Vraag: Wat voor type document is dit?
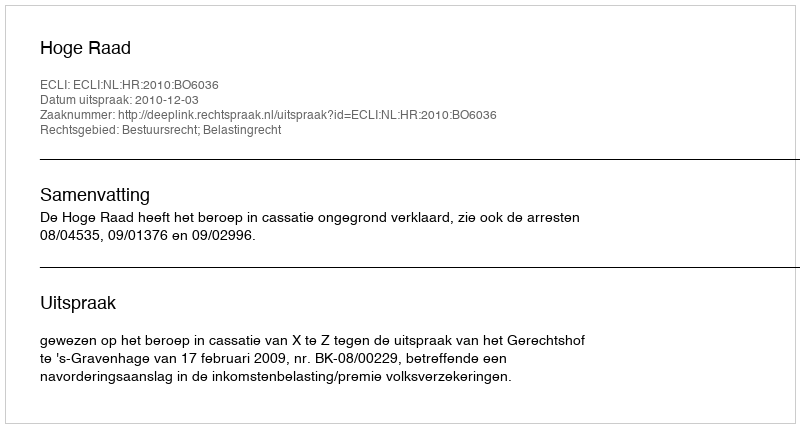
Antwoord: Uitspraak